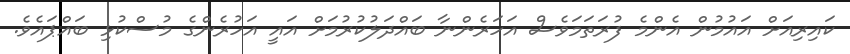
ކައިރިއަށް އައުމުން އެންމެ ފުރަތަމަވެސް އަހަރެންނާ ބައްދަލުކުރުމަށް އައީ އަހުރެންގެ މުސްކުޅި ބައްޕައެވެ.